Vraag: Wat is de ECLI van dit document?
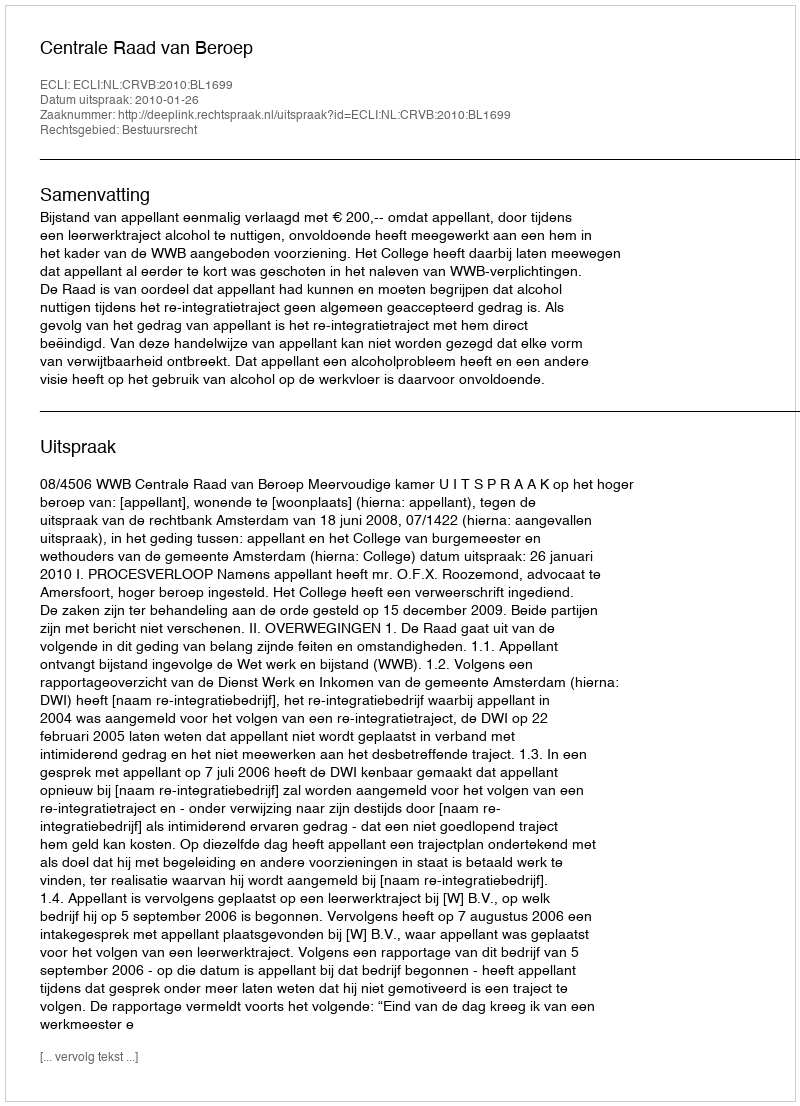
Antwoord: ECLI:NL:CRVB:2010:BL1699